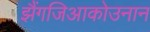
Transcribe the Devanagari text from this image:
झैंगजिआकोउनान